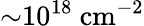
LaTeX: {\sim}10^{18}~\mathrm{cm^{-2}}